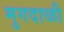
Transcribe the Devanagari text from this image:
मुगदाळी